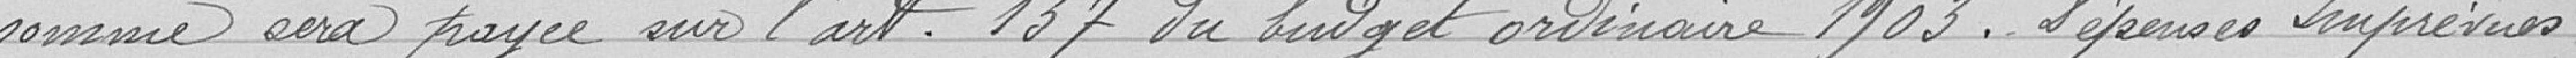
somme sera payée sur l'art; 137 du budget ordinaire1903. Dépenses imprévues